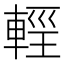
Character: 𨌷